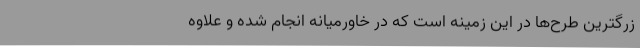
زرگترین طرح‌ها در این زمینه است که در خاورمیانه انجام شده و علاوه